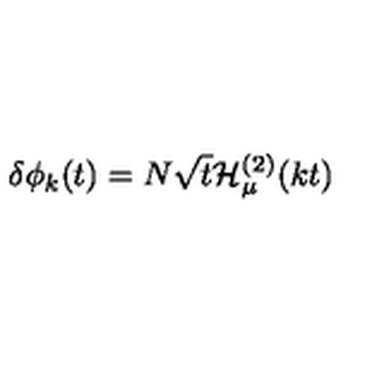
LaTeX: \delta \phi _ { k } ( t ) = N \sqrt { t } { \cal H } _ { \mu } ^ { ( 2 ) } ( k t )